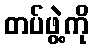
တပ်ဖွဲ့ကို